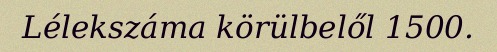
Lélekszáma körülbelől 1500.